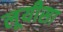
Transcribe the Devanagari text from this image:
लूयीसा